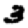
Digit: 3